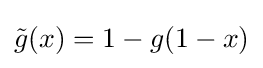
{\tilde {g}}(x)=1-g(1-x)